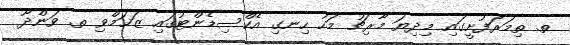
ތ. ތިމަރަފުށީގައި މިދިޔަ މާރިޗު މަހު ހިނގި އެކްސިޑެންޓުގައި ޒަޚަމްވި ތ. ވަންދޫ